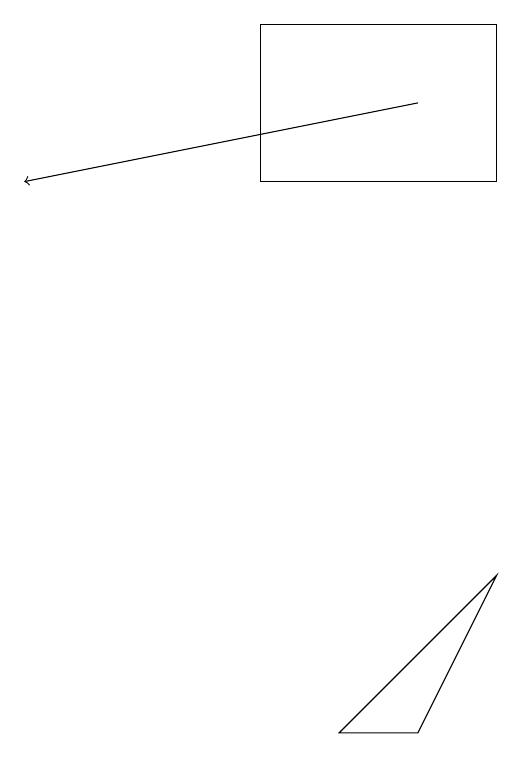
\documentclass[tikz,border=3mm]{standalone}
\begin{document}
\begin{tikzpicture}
\draw (9,8) -- (7,6) -- (8,6) -- cycle;
\draw (6,13) rectangle (9,15);
\draw[->] (8,14) -- (3,13);
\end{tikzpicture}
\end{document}